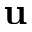
\mathbf { u }